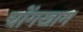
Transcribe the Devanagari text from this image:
चोंगखाम